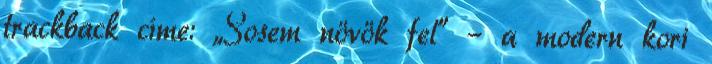
trackback címe: „Sosem növök fel” – a modern kori